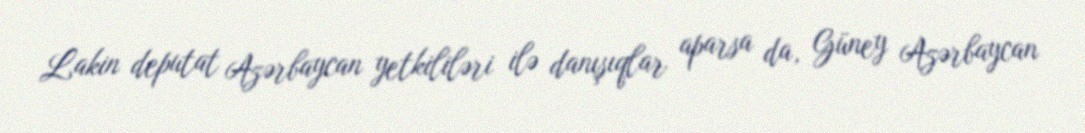
Lakin deputat Azərbaycan yetkililəri ilə danışıqlar aparsa da, Güney Azərbaycan